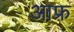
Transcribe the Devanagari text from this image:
आफ्र